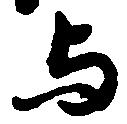
与